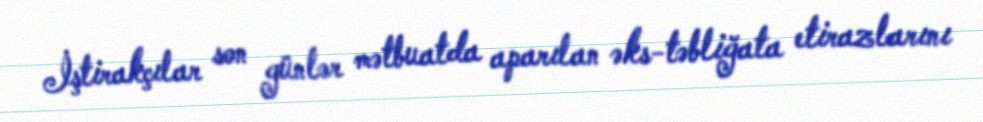
İştirakçılar son günlər mətbuatda aparılan əks-təbliğata etirazlarını